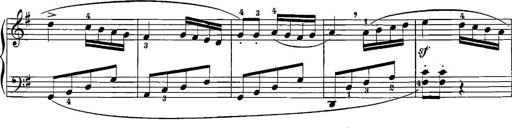
Title: 12 Sonatinas
Composer: Ignaz Pleyel